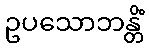
ဥပသောဘန္တိံ